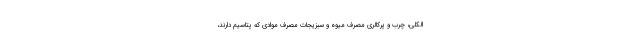
الکلی، چرب و پرکالری مصرف میوه و سبزیجات مصرف موادی که پتاسیم دارند،